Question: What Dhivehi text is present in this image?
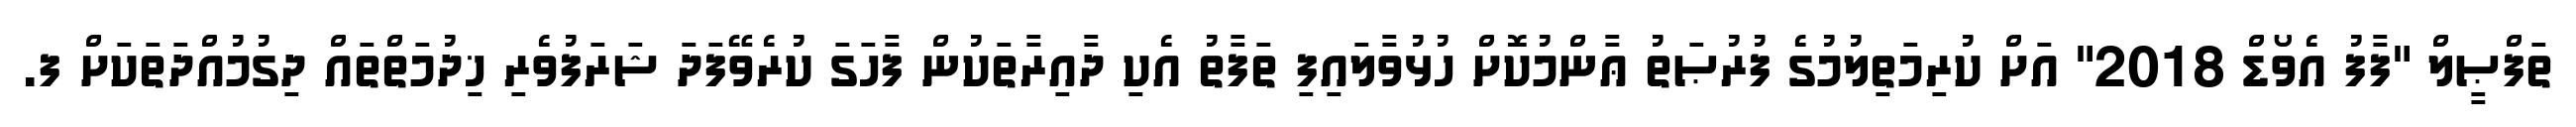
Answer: ތަފްޞީލް "ފާފު އެވޯޑް 2018" އަށް ކުރިމަތިލުމުގެ ފުރުޞަތު ޢާންމުކޮށް ހުޅުވާލައިފި ތަފާތު އެކި ދާއިރާތަކުން ފާހަގަ ކުރެވޭފަދަ ޝަރަފުވެރި ޚިދުމަތްތައް ދިގުމުއްދަތަކަށް ފ.